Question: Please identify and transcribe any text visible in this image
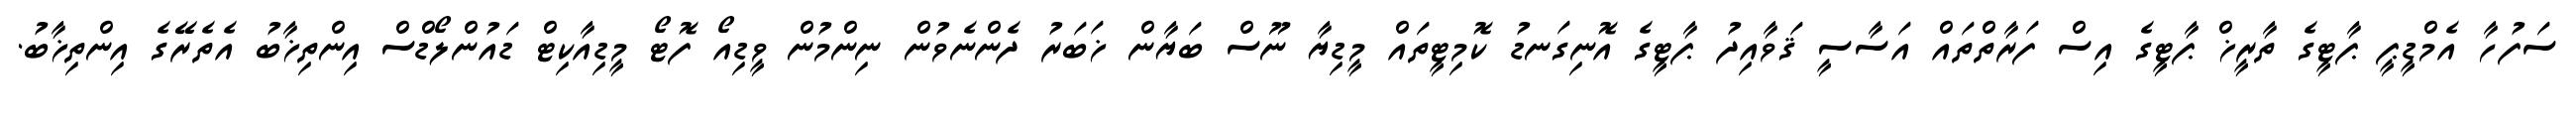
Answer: ސަފުހާ އެމްޑީޕީ ޕާޓީގެ ތާރީޚް ޕާޓީގެ އިސް ފަރާތްތައް އަސާސީ ޤަވާއިދު ޕާޓީގެ އޮނިގަނޑު ކޮމިޓީތައް މީޑިޔާ ނޫސް ބަޔާން ޚަބަރު ދެންނެވުން ނިންމުން ވީޑިއޯ ފޮޓޯ މީޑިއާކިޓް ޑައުންލޯޑްސް އިންތިޚާބު އެތެރޭގެ އިންތިޚާބު.